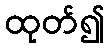
ထုတ်၍